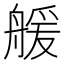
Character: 𦩮